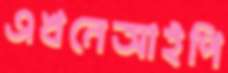
এখনেআইপি